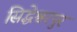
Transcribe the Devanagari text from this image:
सिद्धेश्वरपुर